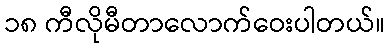
၁၈ ကီလိုမီတာလောက်ဝေးပါတယ်။